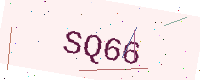
Text: SQ66